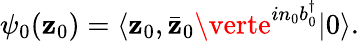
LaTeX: \psi_{0}(\mathbf{z}_{0})=\langle\mathbf{z}_{0},\bar{{\mathbf{z}}}_{0}\verte^{in_{0}b_{0}^{\dagger}}\vert0\rangle.